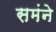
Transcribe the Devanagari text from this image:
समंने